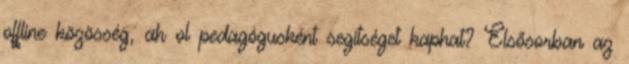
offline közösség, ah ol pedagógusként segítséget kaphat? Elsősorban az